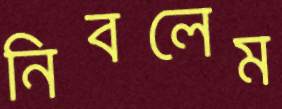
নিবলেম